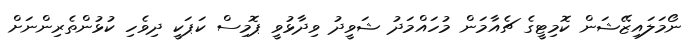
ނޯމަލައިޒޭޝަން ކޮމިޓީގެ ޗެއާމަން މުހައްމަދު ޝަވީދު ވިދާޅުވީ ޕޮމިސް ކަޕަކީ ދިވެހި ކުޅުންތެރިންނަށް